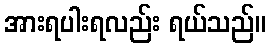
အားရပါးရလည်း ရယ်သည်။